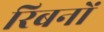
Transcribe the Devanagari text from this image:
रिबनों